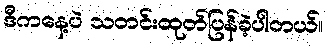
ဒီကနေ့ပဲ သတင်းထုတ်ပြန်ခဲ့ပါတယ်။